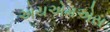
એચએમએસ